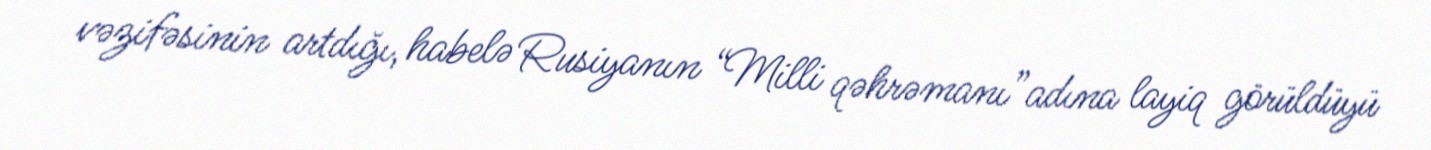
vəzifəsinin artdığı, habelə Rusiyanın “Milli qəhrəmanı”adına layiq görüldüyü